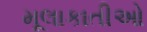
મૂલાકાતીઓ